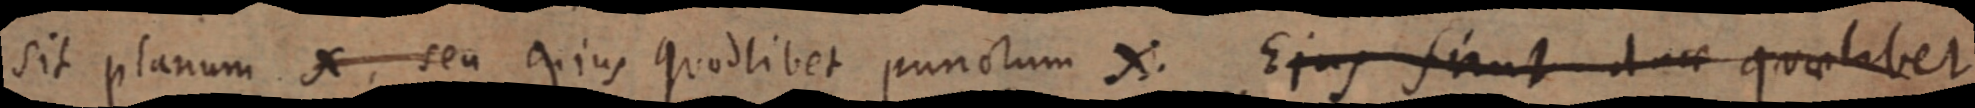
sit planum X seu cujus quodlibet punctum X. Ejus simul duae quaelibet